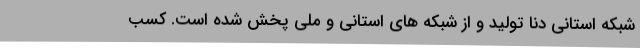
شبکه استانی دنا تولید و از شبکه های استانی و ملی پخش شده است. کسب